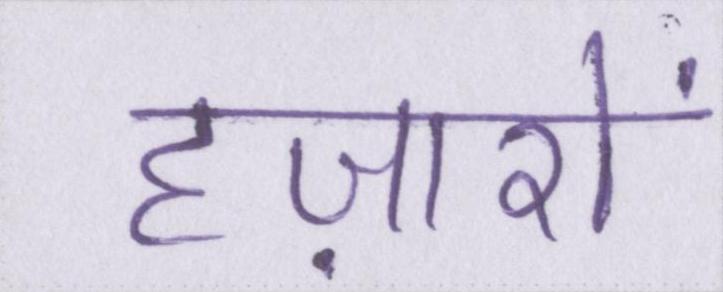
हज़ारों